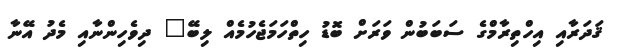
ޤަދަރާއި އިހްތިރާމްގެ ސަބަބުން ވަރަށް ބޮޑު ހިތްހަމަޖެހުމެއް ލިބޭ" ދިވެހިންނާއި މެދު އޭނާ